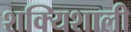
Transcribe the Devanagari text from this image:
शक्यिशाली